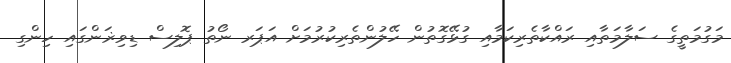
މަގުމަތީގެ ސަލާމަތާއި ރައްކާތެރިކަމާއި ގުޅޭގޮތުން ހޭލުންތެރިކުރުމަށް އަޕަރ ނޯތު ޕޮލިސް ޑިވިޜަންގައި ހިންގި